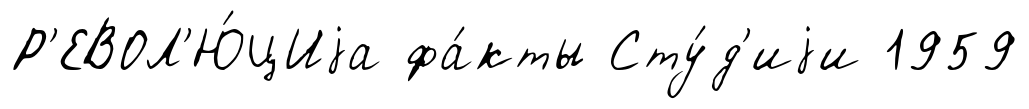
Р'ЕВОЛ'Ю́ЦИjа фа́кты Сту́д'иjи 1959